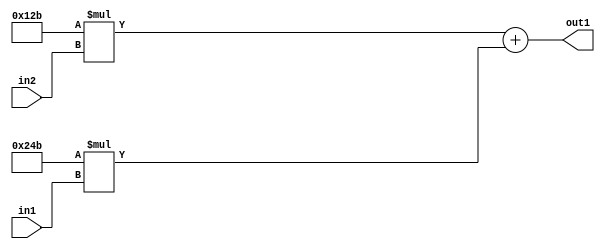
`timescale 1ps / 1ps
/*****************************************************************************
    Verilog RTL Description
    
    
    Created by: Stratus DpOpt 2019.1.01 
*******************************************************************************/

module SobelFilter_Add2Mul2iLLu8Mul2i299u8_4 (
	in2,
	in1,
	out1
	); /* architecture "behavioural" */ 
input [7:0] in2,
	in1;
output [18:0] out1;
wire [18:0] asc001;

wire [18:0] asc001_tmp_0;
assign asc001_tmp_0 = 
	+(19'B0000000000100101011 * in2);
assign asc001 = asc001_tmp_0
	+(19'B0000000001001001011 * in1);

assign out1 = asc001;
endmodule

/* CADENCE  uLT5TwE= : u9/ySgnWtBlWxVPRXgAZ4Og= ** DO NOT EDIT THIS LINE ******/